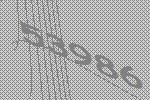
53986